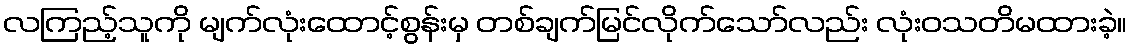
လကြည့်သူကို မျက်လုံးထောင့်စွန်းမှ တစ်ချက်မြင်လိုက်သော်လည်း လုံးဝသတိမထားခဲ့။